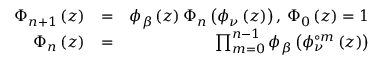
\begin{array} { r l r } { \Phi _ { n + 1 } \left( z \right) } & { = } & { \phi _ { \beta } \left( z \right) \Phi _ { n } \left( \phi _ { \nu } \left( z \right) \right) \mathrm { , ~ } \Phi _ { 0 } \left( z \right) = 1 } \\ { \Phi _ { n } \left( z \right) } & { = } & { \prod _ { m = 0 } ^ { n - 1 } \phi _ { \beta } \left( \phi _ { \nu } ^ { \circ m } \left( z \right) \right) } \end{array}